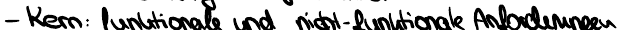
- Kern: funktionale und nicht-funktionale Anforderungen